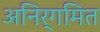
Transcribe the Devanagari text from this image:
अनिर्गमित